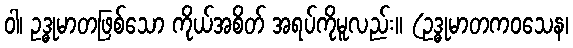
ဝါ၊ ဥဒ္ဓုမာတဖြစ်သော ကိုယ်အစိတ် အရပ်ကိုမူလည်း။ (ဥဒ္ဓုမာတကဝသေန၊